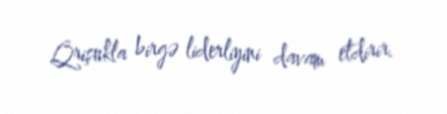
Qrişukla birgə liderliyini davam etdirir.